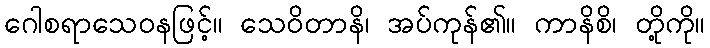
ဂေါစရာသေဝနဖြင့်။ သေဝိတာနိ၊ အပ်ကုန်၏။ ကာနိစိ၊ တို့ကို။